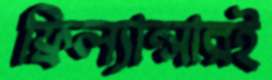
ফ্রিল্যান্সারই